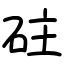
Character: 砫